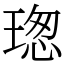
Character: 𤧚